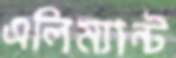
এলিম্যান্ট